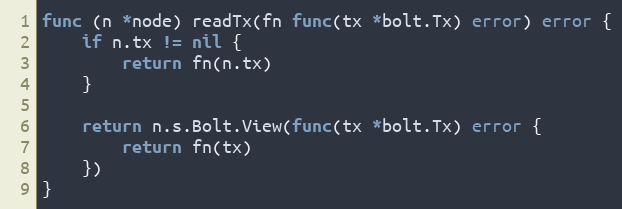
Language: Go
func (n *node) readTx(fn func(tx *bolt.Tx) error) error {
	if n.tx != nil {
		return fn(n.tx)
	}

	return n.s.Bolt.View(func(tx *bolt.Tx) error {
		return fn(tx)
	})
}